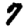
Digit: 7